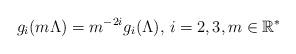
LaTeX: \begin{align*}g_i(m\Lambda)=m^{-2i}g_i(\Lambda),\, i=2,3,m\in \mathbb{R}^*\end{align*}